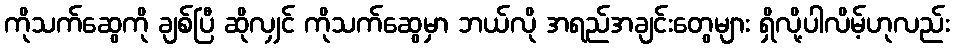
ကိုသက်ဆွေကို ချစ်ပြီ ဆိုလျှင် ကိုသက်ဆွေမှာ ဘယ်လို အရည်အချင်းတွေများ ရှိလို့ပါလိမ့်ဟုလည်း